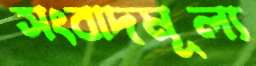
সংবাদমূল্য